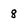
Character: 8